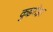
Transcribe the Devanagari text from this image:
कुइरोझ